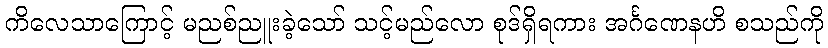
ကိလေသာကြောင့် မညစ်ညူးခဲ့သော် သင့်မည်လော စုဒ်ရှိရကား အင်္ဂဏေနဟိ စသည်ကို